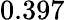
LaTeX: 0.397